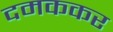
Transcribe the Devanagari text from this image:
दमककर